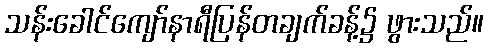
သန်းခေါင်ကျော်နာရီပြန်တချက်ခန့်၌ ဖွားသည်။